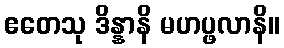
ဧတေသု ဒိန္နာနိ မဟပ္ဖလာနိ။